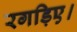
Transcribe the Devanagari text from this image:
रगड़िए।